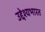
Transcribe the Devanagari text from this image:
उद्देश्यभारत